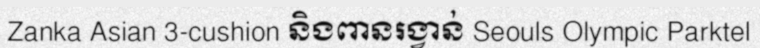
Zanka Asian 3-cushion និងពានរង្វាន់ Seouls Olympic Parktel